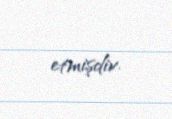
etmişdir.